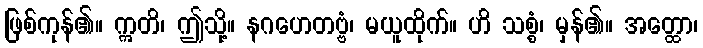
ဖြစ်ကုန်၏။ ဣတိ၊ ဤသို့။ နဂဟေတဗ္ဗံ၊ မယူထိုက်။ ဟိ သစ္စံ၊ မှန်၏။ အတ္ထော၊